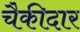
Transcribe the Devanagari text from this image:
चैकीदार